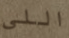
اللي